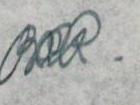
RRR.